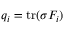
q _ { i } = \operatorname { t r } ( \sigma F _ { i } )